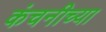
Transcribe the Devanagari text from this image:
कंचनीच्या